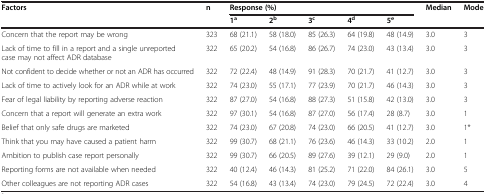
<table><thead><tr><td rowspan="2"><b>Factors</b></td><td rowspan="2"><b>n</b></td><td colspan="5"><b>Response (%)</b></td><td rowspan="2"><b>Median</b></td><td rowspan="2"><b>Mode</b></td></tr><tr><td><b>1<sup>a</sup></b></td><td><b>2<sup>b</sup></b></td><td><b>3<sup>c</sup></b></td><td><b>4<sup>d</sup></b></td><td><b>5<sup>e</sup></b></td></tr></thead><tbody><tr><td>Concern that the report may be wrong</td><td>323</td><td>68 (21.1)</td><td>58 (18.0)</td><td>85 (26.3)</td><td>64 (19.8)</td><td>48 (14.9)</td><td>3.0</td><td>3</td></tr><tr><td>Lack of time to fill in a report and a single unreported case may not affect ADR database</td><td>322</td><td>65 (20.2)</td><td>54 (16.8)</td><td>86 (26.7)</td><td>74 (23.0)</td><td>43 (13.4)</td><td>3.0</td><td>3</td></tr><tr><td>Not confident to decide whether or not an ADR has occurred</td><td>322</td><td>72 (22.4)</td><td>48 (14.9)</td><td>91 (28.3)</td><td>70 (21.7)</td><td>41 (12.7)</td><td>3.0</td><td>3</td></tr><tr><td>Lack of time to actively look for an ADR while at work</td><td>322</td><td>74 (23.0)</td><td>55 (17.1)</td><td>77 (23.9)</td><td>70 (21.7)</td><td>46 (14.3)</td><td>3.0</td><td>3</td></tr><tr><td>Fear of legal liability by reporting adverse reaction</td><td>322</td><td>87 (27.0)</td><td>54 (16.8)</td><td>88 (27.3)</td><td>51 (15.8)</td><td>42 (13.0)</td><td>3.0</td><td>3</td></tr><tr><td>Concern that a report will generate an extra work</td><td>322</td><td>97 (30.1)</td><td>54 (16.8)</td><td>87 (27.0)</td><td>56 (17.4)</td><td>28 (8.7)</td><td>3.0</td><td>1</td></tr><tr><td>Belief that only safe drugs are marketed</td><td>322</td><td>74 (23.0)</td><td>67 (20.8)</td><td>74 (23.0)</td><td>66 (20.5)</td><td>41 (12.7)</td><td>3.0</td><td>1*</td></tr><tr><td>Think that you may have caused a patient harm</td><td>322</td><td>99 (30.7)</td><td>68 (21.1)</td><td>76 (23.6)</td><td>46 (14.3)</td><td>33 (10.2)</td><td>2.0</td><td>1</td></tr><tr><td>Ambition to publish case report personally</td><td>322</td><td>99 (30.7)</td><td>66 (20.5)</td><td>89 (27.6)</td><td>39 (12.1)</td><td>29 (9.0)</td><td>2.0</td><td>1</td></tr><tr><td>Reporting forms are not available when needed</td><td>322</td><td>40 (12.4)</td><td>46 (14.3)</td><td>81 (25.2)</td><td>71 (22.0)</td><td>84 (26.1)</td><td>3.0</td><td>5</td></tr><tr><td>Other colleagues are not reporting ADR cases</td><td>322</td><td>54 (16.8)</td><td>43 (13.4)</td><td>74 (23.0)</td><td>79 (24.5)</td><td>72 (22.4)</td><td>3.0</td><td>4</td></tr></tbody></table>